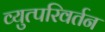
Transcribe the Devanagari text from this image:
व्युत्परिवर्तन